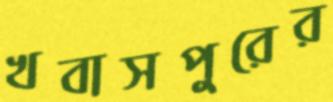
খবাসপুরের